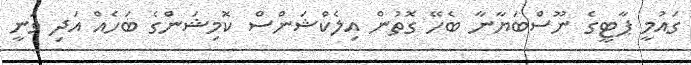
ގައުމީ ޕާޓީގެ ނޫސްބަޔާނާ ބެހޭ ގޮތުން އިލެކްޝަންސް ކޮމިޝަންގެ ބަހެއް އަދި ވަނީ